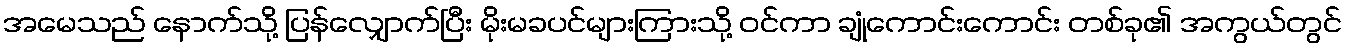
အမေသည် နောက်သို့ ပြန်လျှောက်ပြီး မိုးမခပင်များကြားသို့ ဝင်ကာ ချုံကောင်းကောင်း တစ်ခု၏ အကွယ်တွင်